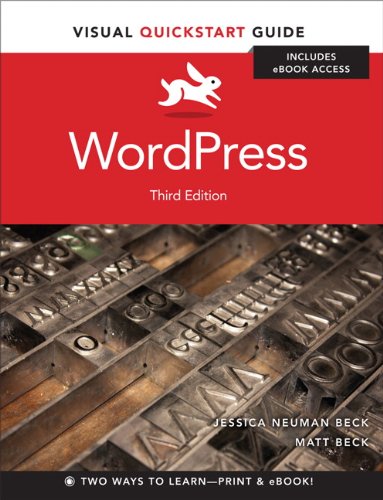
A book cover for WordPress: Visual QuickStart Guide (3rd Edition); Matt Beck; Computers & Technology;